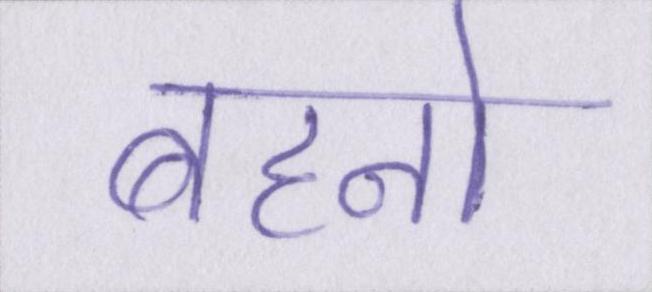
बहनो